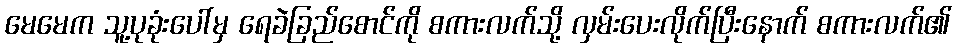
မေမေက သူ့ပုခုံးပေါ်မှ ရေခဲခြည်စောင်ကို စကားလက်သို့ လှမ်းပေးလိုက်ပြီးနောက် စကားလက်၏